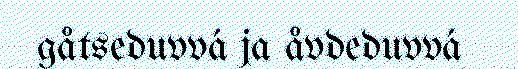
gåtseduvvá ja åvdeduvvá